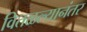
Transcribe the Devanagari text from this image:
वितळल्यानंतर